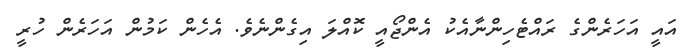
އައީ އަަހަރެންގެ ރައްޓެހިންނާއެކު އެންޖޯއީ ކޮއްލަ އިގެންނެވެ. އެހެން ކަމުން އަހަރެން ހުރީ